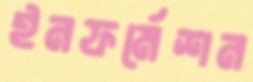
ইনফর্মেশন